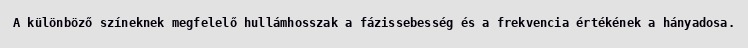
A különböző színeknek megfelelő hullámhosszak a fázissebesség és a frekvencia értékének a hányadosa.